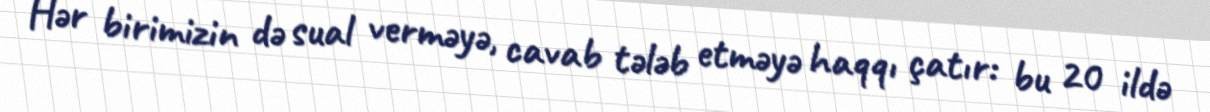
Hər birimizin də sual verməyə, cavab tələb etməyə haqqı çatır: bu 20 ildə